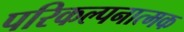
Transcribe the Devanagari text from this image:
परिकल्‍पनात्‍मक